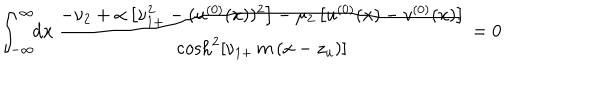
\int _ { - \infty } ^ { \infty } \! \! \mathrm { d } x \, \frac { - \nu _ { 2 } + \alpha \left[ \nu _ { 1 + } ^ { 2 } - ( u ^ { ( 0 ) } ( x ) ) ^ { 2 } \right] - \mu _ { 2 } \left[ u ^ { ( 0 ) } ( x ) - v ^ { ( 0 ) } ( x ) \right] } { \cosh ^ { 2 } \left[ \nu _ { 1 + } \, m \, ( x - z _ { u } ) \right] } = 0